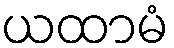
ယထာမံ